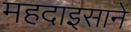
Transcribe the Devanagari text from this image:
महदाइसाने